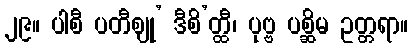
၂၉။ ပါစီ ပတီဈု’ ဒီစိ’တ္ထီ၊ ပုဗ္ဗ ပစ္ဆိမ ဥတ္တရာ။